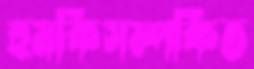
হুমকিসম্পর্কিত